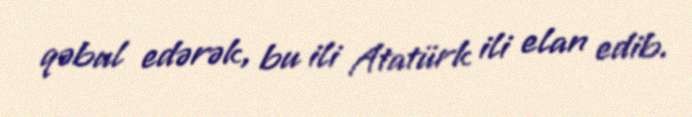
qəbul edərək, bu ili Atatürk ili elan edib.